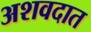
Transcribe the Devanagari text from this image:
अशवदात